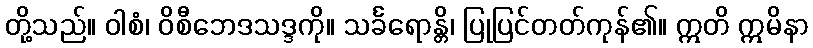
တို့သည်။ ဝါစံ၊ ဝိစီဘေဒသဒ္ဒကို။ သင်္ခရောန္တိ၊ ပြုပြင်တတ်ကုန်၏။ ဣတိ ဣမိနာ